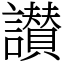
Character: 讃